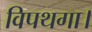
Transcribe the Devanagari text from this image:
विपथगा।